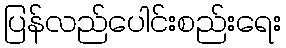
ပြန်လည်ပေါင်းစည်းရေး